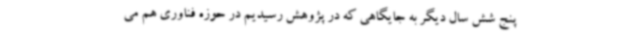
پنج شش سال دیگر به جایگاهی که در پژوهش رسیدیم در حوزه فناوری هم می